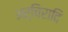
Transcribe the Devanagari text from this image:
अर्चिरादि